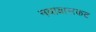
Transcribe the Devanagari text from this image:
नवाबासकट